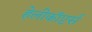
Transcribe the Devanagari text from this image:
हेलीकॉप्टर्स